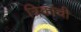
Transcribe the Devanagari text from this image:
त्रिकांची